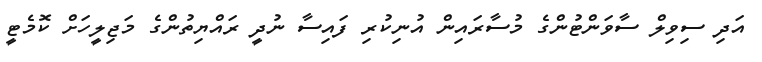
އަދި ސިވިލް ސާވަންޓުންގެ މުސާރައިން އުނިކުރި ފައިސާ ނުދީ ރައްޔިތުންގެ މަޖިލީހަށް ކޮމެޓީ